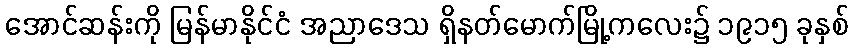
အောင်ဆန်းကို မြန်မာနိုင်ငံ အညာဒေသ ရှိနတ်မောက်မြို့ကလေး၌ ၁၉၁၅ ခုနှစ်